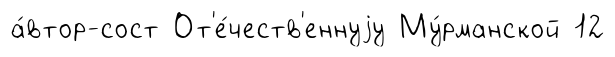
а́втор-сост От'е́честв'еннуjу Му́рманской 12